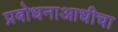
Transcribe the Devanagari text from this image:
प्रबोधनाआधीचा